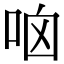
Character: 𠱖